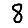
Digit: 8